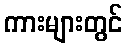
ကားများတွင်